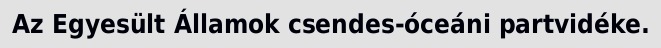
Az Egyesült Államok csendes-óceáni partvidéke.